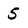
Character: 5